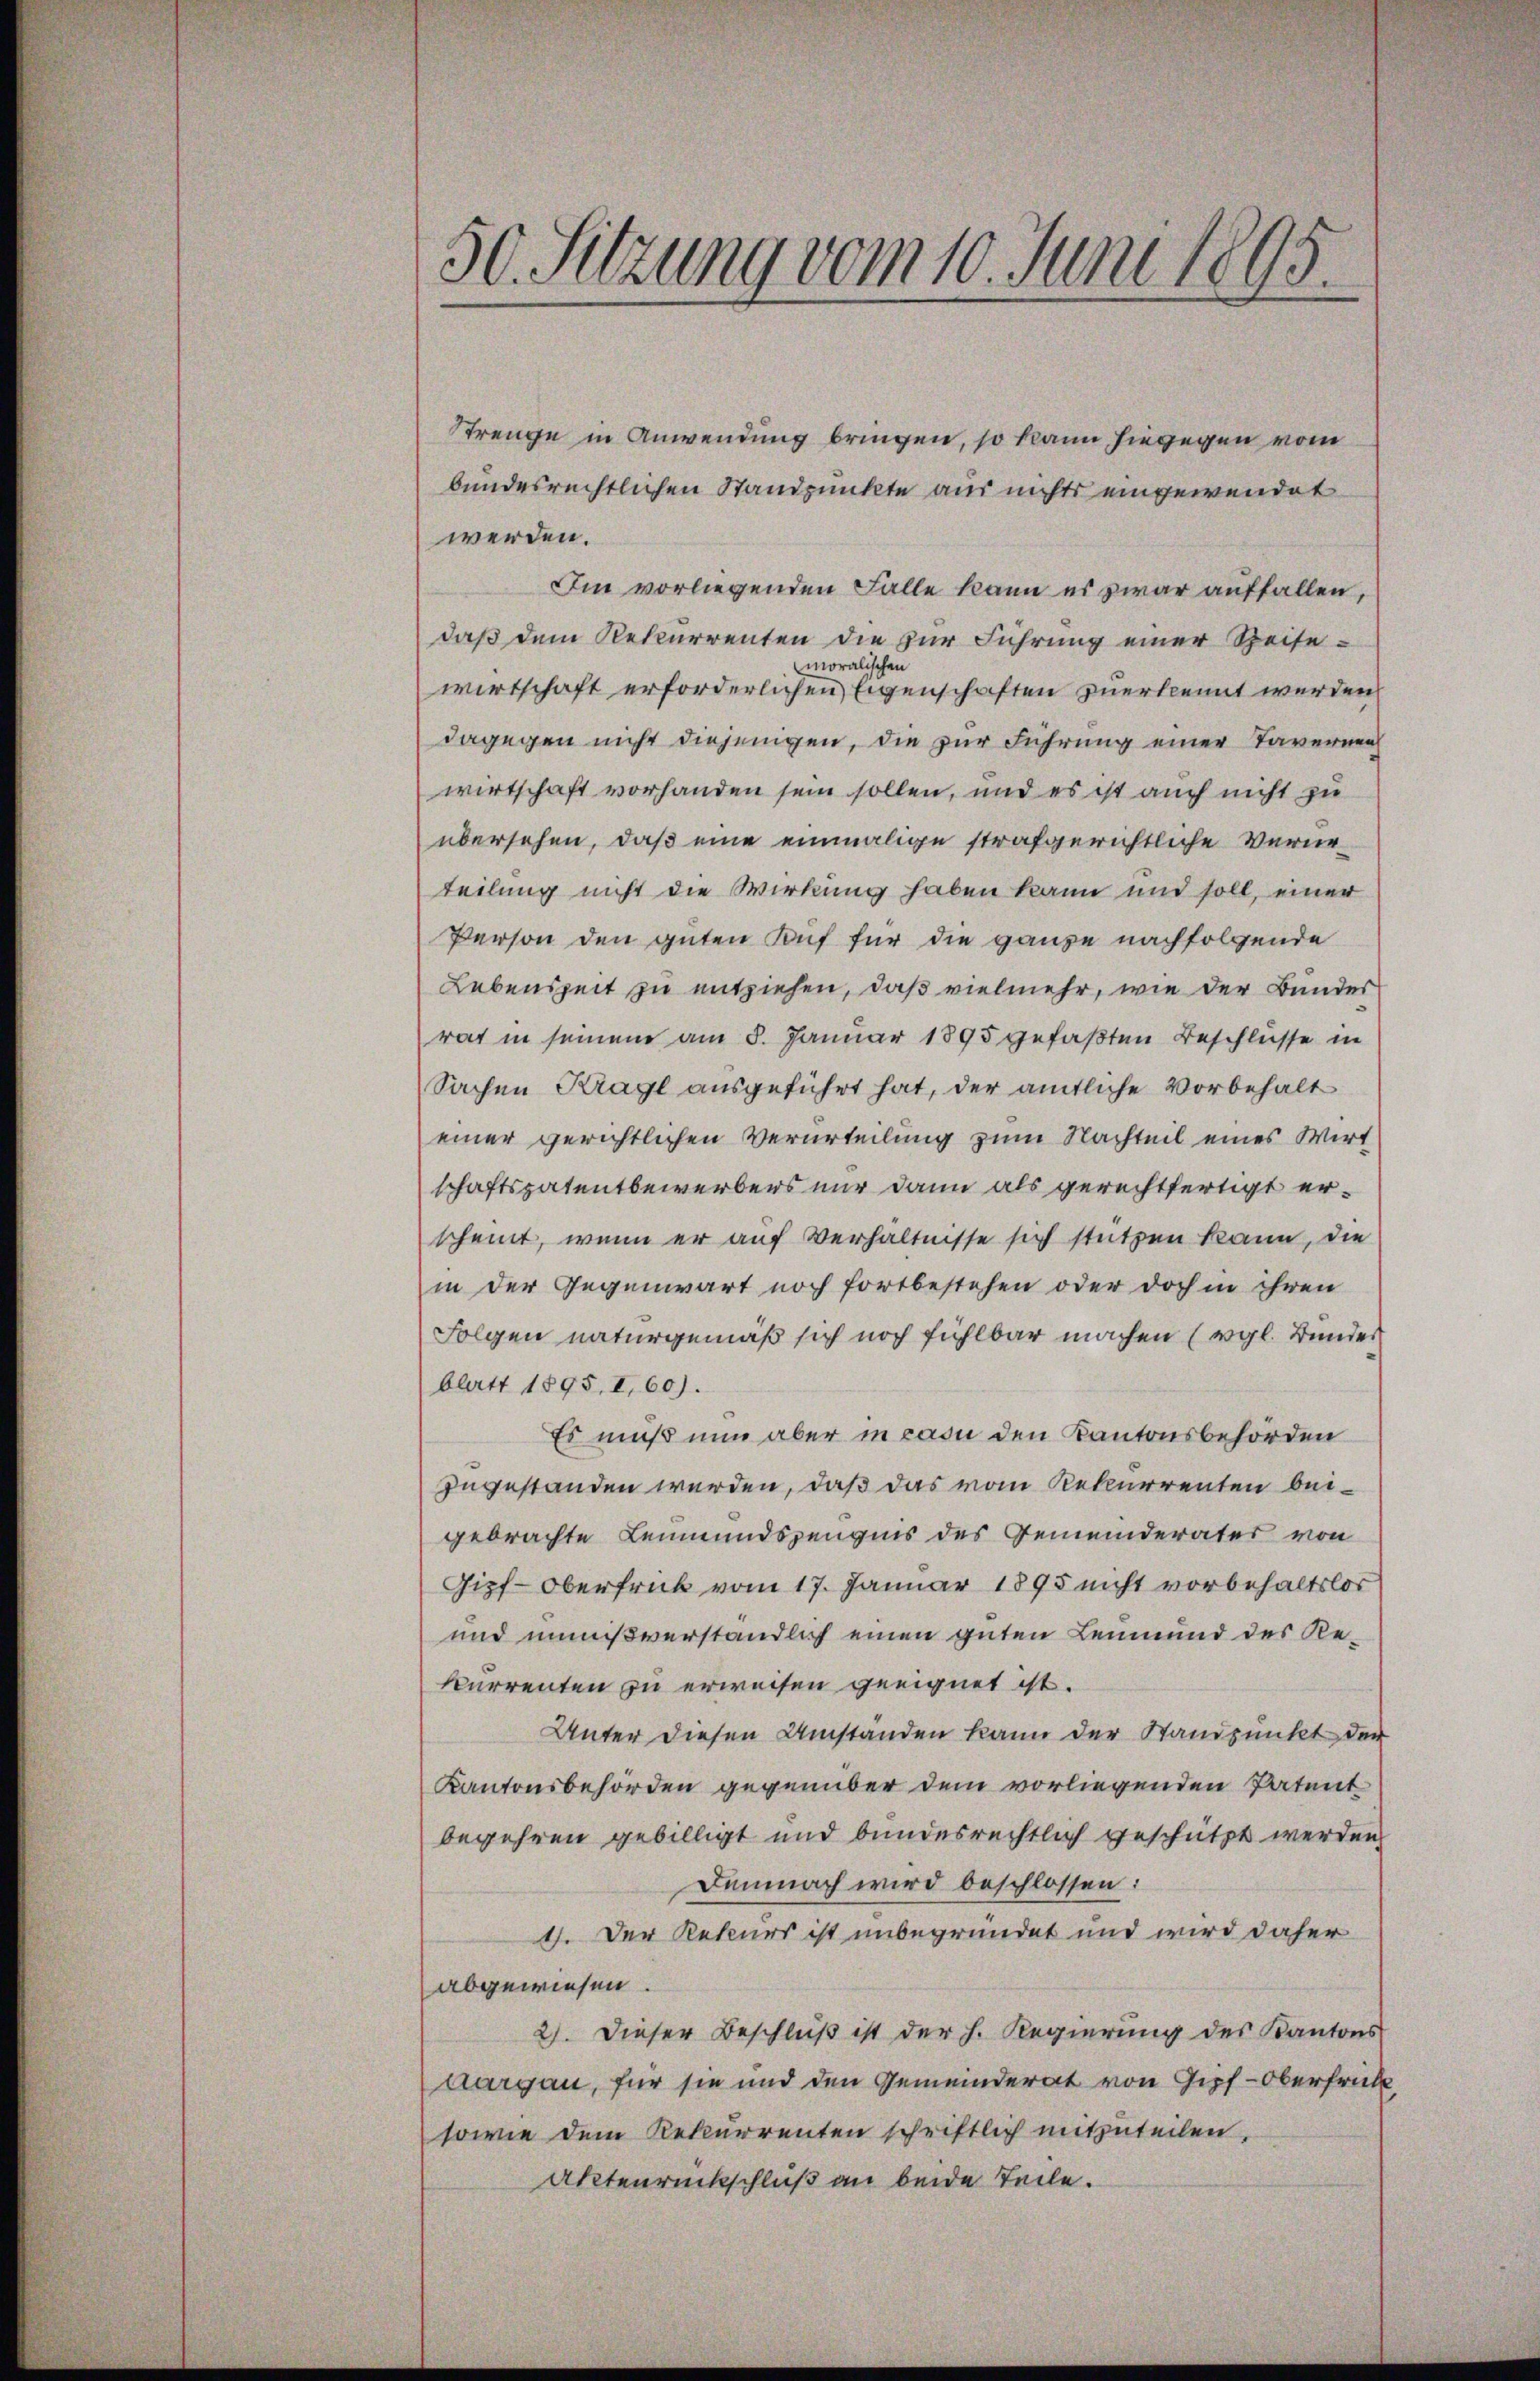
50. Sitzung vom 10. Juni 1895.

Strenge in Anwendung bringen, so kann hiegegen vom
bundesrechtlichen Standpunkte aus nichts eingewendet
werden.
Im vorliegenden Falle kann es zwar auffallen,
daß dem Rekurrenten die zur Führung einer Zeisemoralischen
wirtschaft erforderlichen Eigenschaften zuerkennt werden
dagegen nicht diejenigen, die zur Führung einer Tavernen
wirtschaft vorhanden sein sollen, und es ist auch nicht zu
übersehen, daß eine einmalige strafgerichtliche Verneteilung nicht die Wirkung haben kann und soll, einer
Person den guten Kauf für die ganze nachfolgende
Lebenszeit zu entziehen, daß vielmehr, wie der Bundes
rat in seinem am 8. Januar 1895 gefaßten Beschlüsse in
Sachen Krage ausgeführt hat, der amtliche Vorbehalt
einer gerichtlichen Verurteilung zum Nachteil eines Wirt
schaftspatentbewerbers nur dann als gerechtfertigt erscheint, wenn er auf Verhältnisse sich stützen kann, die
in der Gegenwart noch fortbestehen oder doch in ihren
Folgen naturgemäß sich noch fühlbar machen (vgl. Bunder
blatt 1895, I, 60).
Es muß nun aber in casu den Kantonsbehörden
zugestanden werden, daß das vom Rekurrenten beigebrachte Leumundszeugnis des Gemeinderater von
Gipf-Oberfrüh vom 17. Januar 1895 nicht vorbehaltslos
und innißverständlich einen guten Leumund des Rekurrenten zu erweisen geeignet ist.
Unter diesen Umständen kann der Standpunkt den
Kantonsbehörden gegenüber dem vorliegenden Patent
begehren gebilligt und bundesrechtlich geschützt werden,
Demnach wird beschlossen:
4. Der Rekurs ist unbegründet und wird daher
abgewiesen.
2). Dieser Beschluß ist der h. Regierung des Kantons
Aargau, für sie und den Gemeinderat von Gipf-Oberfrüh
sowie dem Rekurrenten schriftlich mitzuteilen.
Aktenrückschluß an beide Teile.